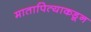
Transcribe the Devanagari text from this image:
मातापित्याकडून